Indian journal of veterinary science and animal husbandry - Volume 6,
Year: 1936
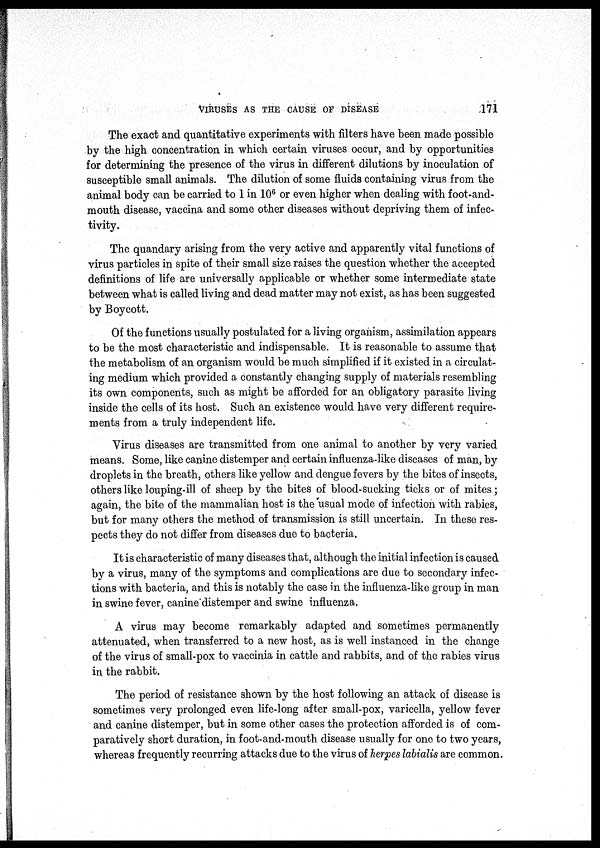
VIRUSES AS THE CAUSE OF DISEASE
171
The exact and quantitative experiments with filters have been made possible
by the high concentration in which certain viruses occur, and by opportunities
for determining the presence of the virus in different dilutions by inoculation of
susceptible small animals. The dilution of some fluids containing virus from the
animal body can be carried to 1 in 10 6 or even higher when dealing with foot-and-
mouth disease, vaccina and some other diseases without depriving them of infec¬
tivity.
The quandary arising from the very active and apparently vital functions of
virus particles in spite of their small size raises the question whether the accepted
definitions of life are universally applicable or whether some intermediate state
between what is called living and dead matter may not exist, as has been suggested
by Boycott.
Of the functions usually postulated for a living organism, assimilation appears
to be the most characteristic and indispensable. It is reasonable to assume that
the metabolism of an organism would be much simplified if it existed in a circulat-
ing medium which provided a constantly changing supply of materials resembling
its own components, such as might be afforded for an obligatory parasite living
inside the cells of its host. Such an existence would have very different require-
ments from a truly independent life.
Virus diseases are transmitted from one animal to another by very varied
means. Some, like canine distemper and certain influenza-like diseases of man, by
droplets in the breath, others like yellow and dengue fevers by the bites of insects,
others like louping-ill of sheep by the bites of blood-sucking ticks or of mites ;
again, the bite of the mammalian host is the usual mode of infection with rabies,
but for many others the method of transmission is still uncertain. In these res-
pects they do not differ from diseases due to bacteria.
It is characteristic of many diseases that, although the initial infection is caused
by a virus, many of the symptoms and complications are due to secondary infec-
tions with bacteria, and this is notably the case in the influenza-like group in man
in swine fever, canine distemper and swine influenza.
A virus may become remarkably adapted and sometimes permanently
attenuated, when transferred to a new host, as is well instanced in the change
of the virus of small-pox to vaccinia in cattle and rabbits, and of the rabies virus
in the rabbit.
The period of resistance shown by the host following an attack of disease is
sometimes very prolonged even life-long after small-pox, varicella, yellow fever
and canine distemper, but in some other cases the protection afforded is of com-
paratively short duration, in foot-and-mouth disease usually for one to two years,
whereas frequently recurring attacks due to the virus of herpes labialis are common.